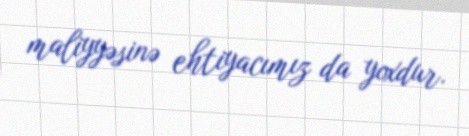
maliyyəsinə ehtiyacımız da yoxdur.